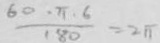
\frac { 6 0 \cdot \pi \cdot 6 } { 1 8 0 } = 2 \pi